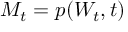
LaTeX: M _ { t } = p ( W _ { t } , t )